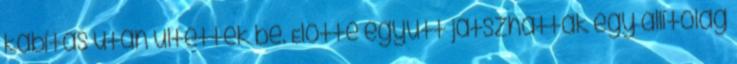
kábítás után ültették be. Előtte együtt játszhattak egy állítólag